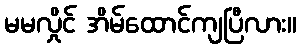
မမလှိုင် အိမ်ထောင်ကျပြီလား။